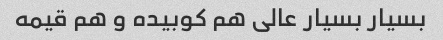
بسیار بسیار عالی هم کوبیده و هم قیمه